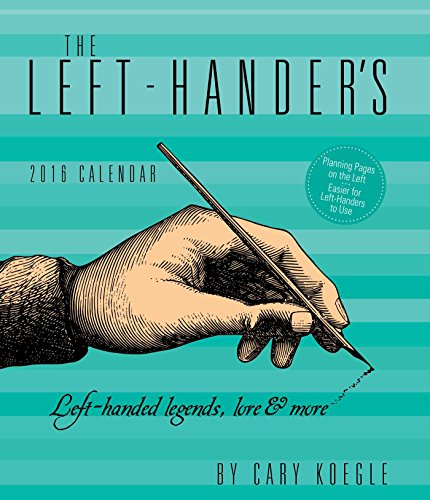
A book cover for The Left-Hander's 2016 Weekly Planner Calendar; Cary Koegle; Humor & Entertainment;